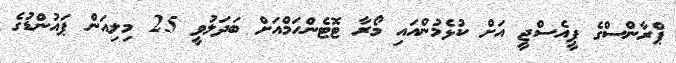
ޕްރާންސްގެ ޕީއެސްޖީ އަށް ކުޅެމުންއައި މޯރާ ޓޮޓެންހަމްއަށް ބަދަލުވީ 25 މިލިއަން ޕައުންޑުގެ